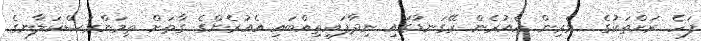
ފަހެ ރަށްތަކުގެ  ވެރިން އެއުރެން ރޭގަނޑުގައި ނިދާފައިތިއްބައި އެއުރެންގެ ގާތަށް ތިމަންރަސްކަލާނގެ